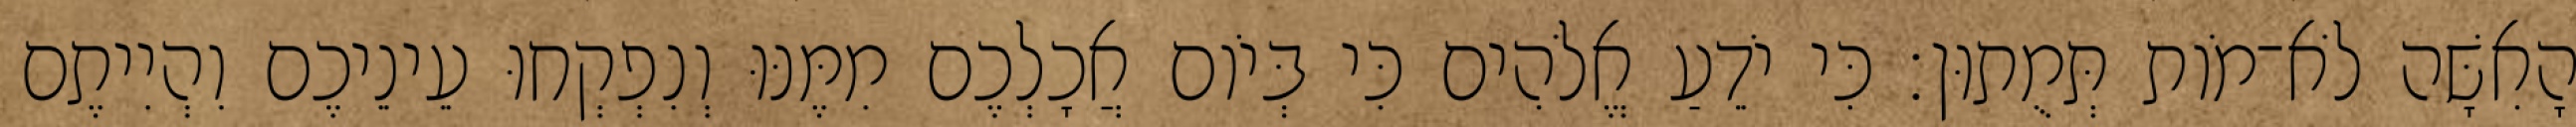
הָאִשָּׁה לֹא־מֹות תְּמֻתוּן׃ כִּי יֹדֵעַ אֱלֹהִים כִּי בְּיֹום אֲכָלְכֶם מִמֶּנּוּ וְנִפְקְחוּ עֵינֵיכֶם וִהְיִיתֶם